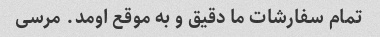
تمام سفارشات ما دقیق و به موقع اومد. مرسی